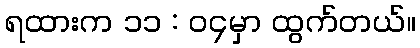
ရထားက ၁၁ : ၀၄မှာ ထွက်တယ်။